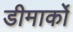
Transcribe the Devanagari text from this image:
डीमार्को